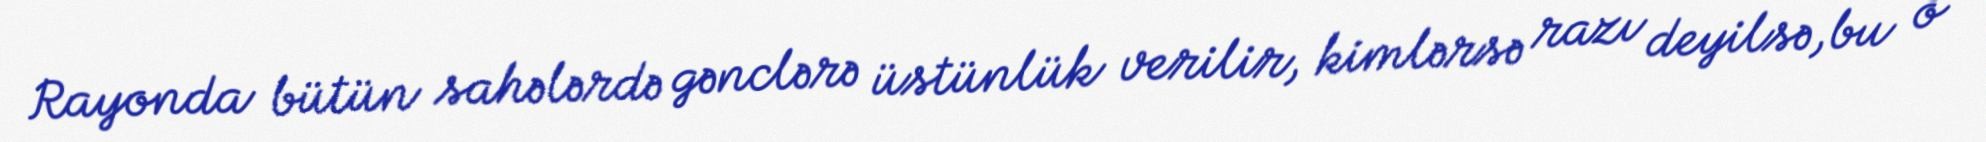
Rayonda bütün sahələrdə gənclərə üstünlük verilir, kimlərsə razı deyilsə,bu o